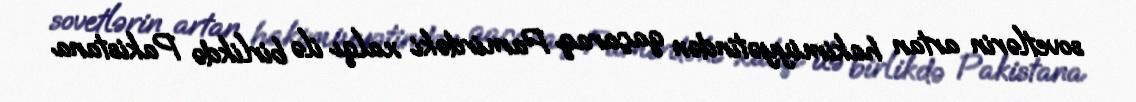
sovetlərin artan hakimiyyətindən qaçaraq Pamirdəki xalqı ilə birlikdə Pakistana